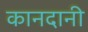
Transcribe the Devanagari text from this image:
कानदानी